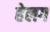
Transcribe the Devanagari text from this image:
हेलग